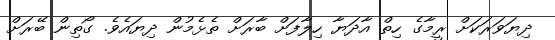
ދިޔަވަރަކަށް ރީމާގެ ހިތް އާދަޔާ ހިލާފަށް ބާރަށް ތެޅެމުން ދިޔައެވެ. ގޯތިން ބޭރަށް